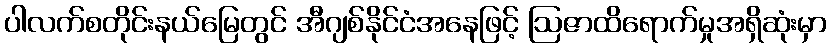
ပါလက်စတိုင်းနယ်မြေတွင် အီဂျစ်နိုင်ငံအနေဖြင့် ဩဇာထိရောက်မှုအရှိဆုံးမှာ